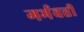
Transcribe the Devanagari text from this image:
गर्भवत्ती